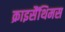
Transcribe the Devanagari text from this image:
क्राइसैंथिमस